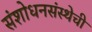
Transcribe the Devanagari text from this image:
संशोधनसंस्थेची